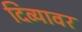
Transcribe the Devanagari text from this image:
दिव्यावर